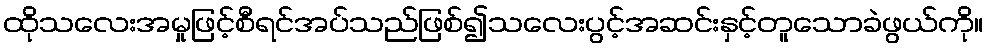
ထိုသလေးအမှုဖြင့်စီရင်အပ်သည်ဖြစ်၍သလေးပွင့်အဆင်းနှင့်တူသောခဲဖွယ်ကို။